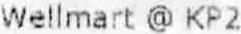
WELLMART @ KP2